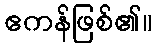
ဧကန်ဖြစ်၏။